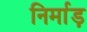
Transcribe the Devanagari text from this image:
निर्माड़